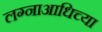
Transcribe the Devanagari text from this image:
लग्नाआधिच्या